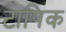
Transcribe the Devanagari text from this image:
टापिक